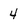
Character: 4